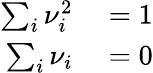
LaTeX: \begin{array}{rl}{\sum_{i}\nu_{i}^{2}}&{{}=1}\\ {\sum_{i}\nu_{i}}&{{}=0}\end{array}